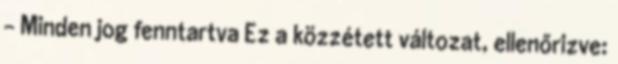
- Minden jog fenntartva Ez a közzétett változat, ellenőrizve: